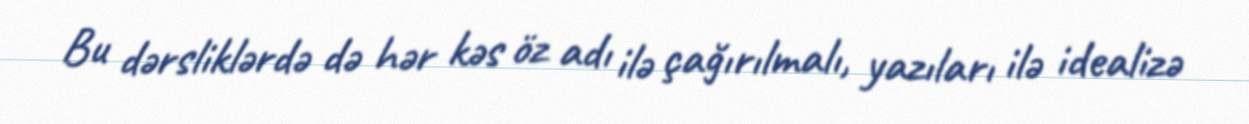
Bu dərsliklərdə də hər kəs öz adı ilə çağırılmalı, yazıları ilə idealizə